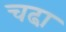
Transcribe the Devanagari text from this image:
चढा़